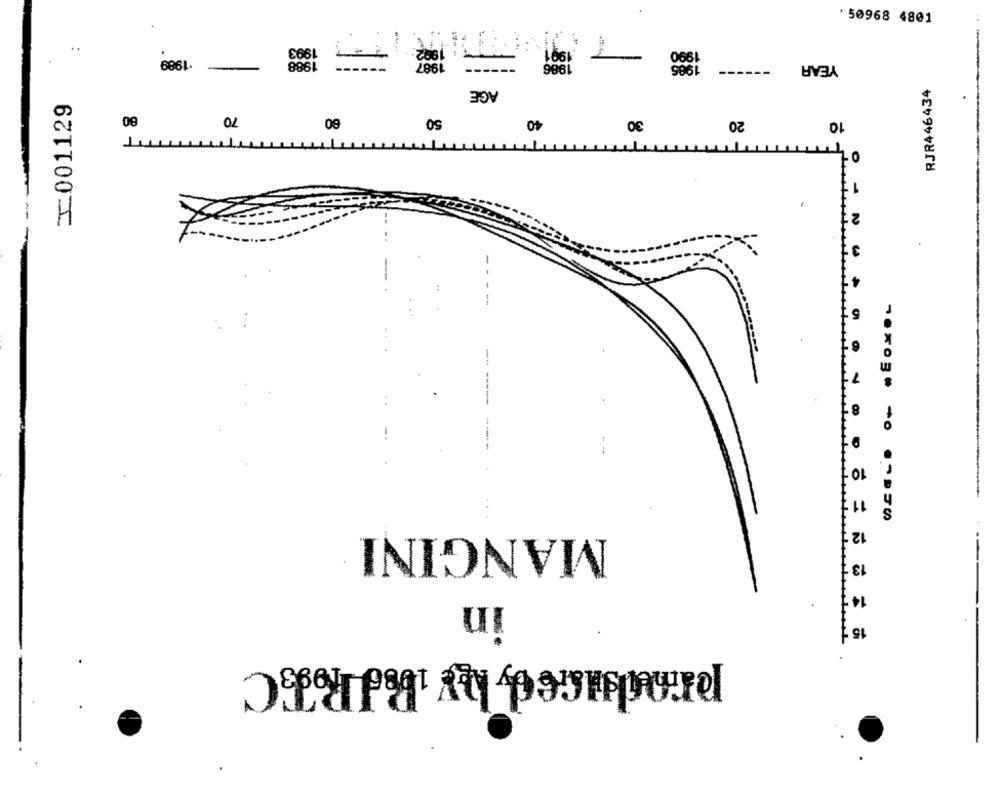
TOB# 89609.
..
1993
1900
1991
1990
1989
1988
1987
1986
1985
------
YEAR
AGE
RJR446434
I.001129
80
70
60
50
40
20
30
10
TTTTTTT
-
2
3
7
10
11
12
MANGINI
13
14
in
15
...........